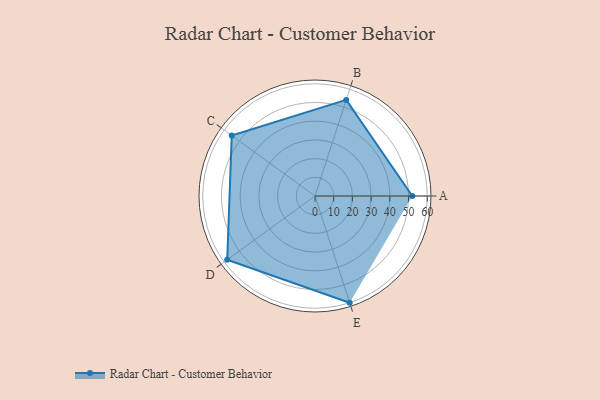
{"axis": {"x": "Skill", "y": "Score"}, "legend": ["Profile"], "data": [{"x": "A", "y": 52.0, "type": "Profile"}, {"x": "B", "y": 54.0, "type": "Profile"}, {"x": "C", "y": 55.0, "type": "Profile"}, {"x": "D", "y": 58.0, "type": "Profile"}, {"x": "E", "y": 60.0, "type": "Profile"}]}